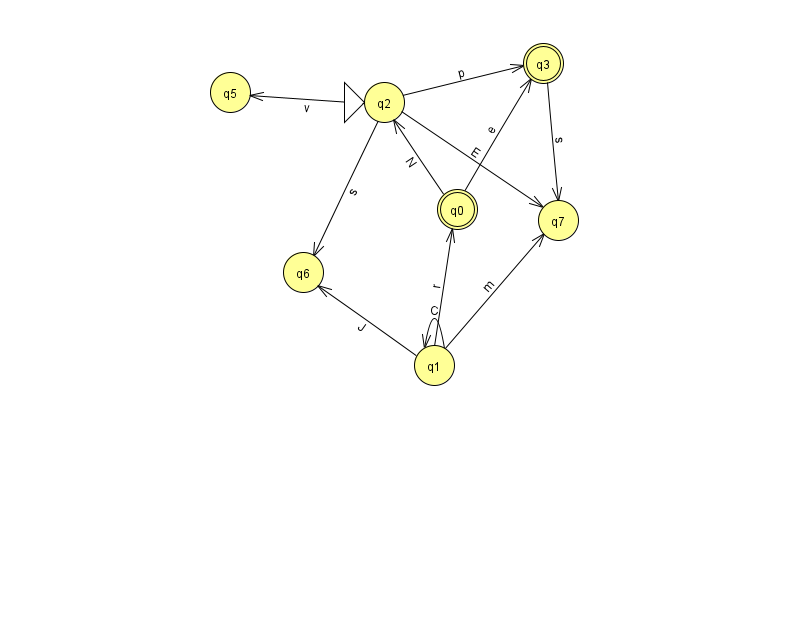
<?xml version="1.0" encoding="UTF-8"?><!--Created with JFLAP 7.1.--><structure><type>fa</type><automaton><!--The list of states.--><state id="0" name="q0"><x>457.0</x><y>196.0</y><final/></state><state id="1" name="q1"><x>434.0</x><y>352.0</y></state><state id="2" name="q2"><x>384.0</x><y>89.0</y><initial/></state><state id="3" name="q3"><x>543.0</x><y>50.0</y><final/></state><state id="5" name="q5"><x>230.0</x><y>79.0</y></state><state id="6" name="q6"><x>303.0</x><y>259.0</y></state><state id="7" name="q7"><x>558.0</x><y>207.0</y></state><!--The list of transitions.--><transition><from>0</from><to>3</to><read>e</read></transition><transition><from>1</from><to>1</to><read>C</read></transition><transition><from>1</from><to>0</to><read>r</read></transition><transition><from>2</from><to>6</to><read>s</read></transition><transition><from>2</from><to>7</to><read>E</read></transition><transition><from>2</from><to>3</to><read>p</read></transition><transition><from>3</from><to>7</to><read>s</read></transition><transition><from>1</from><to>7</to><read>m</read></transition><transition><from>1</from><to>6</to><read>J</read></transition><transition><from>0</from><to>2</to><read>N</read></transition><transition><from>2</from><to>5</to><read>v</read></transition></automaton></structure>